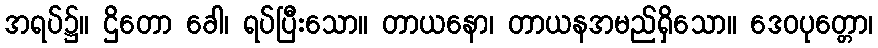
အရပ်၌။ ဌိတော ခေါ၊ ရပ်ပြီးသော။ တာယနော၊ တာယနအမည်ရှိသော။ ဒေဝပုတ္တော၊